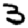
Digit: 3